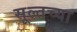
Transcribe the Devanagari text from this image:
सूल्तच्या